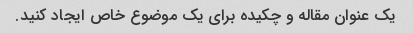
یک عنوان مقاله و چکیده برای یک موضوع خاص ایجاد کنید.